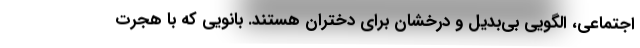
اجتماعی، الگویی بی‌بدیل و درخشان برای دختران هستند. بانویی که با هجرت